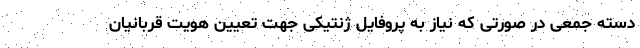
دسته جمعی در صورتی که نیاز به پروفایل ژنتیکی جهت تعیین هویت قربانیان